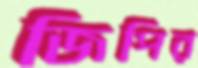
জিপির